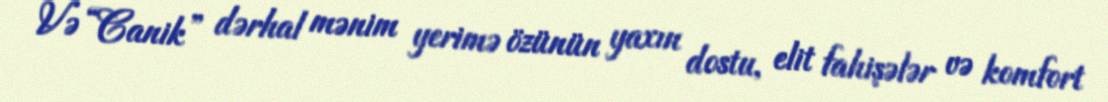
Və “Canik” dərhal mənim yerimə özünün yaxın dostu, elit fahişələr və komfort